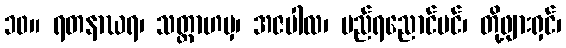
၁၀။ ရတနာဃရ၊ သတ္တာဟမှ၊ အဇပါလ၊ မည်ရညောင်ပင်၊ တို့ဖျားရှင်၊